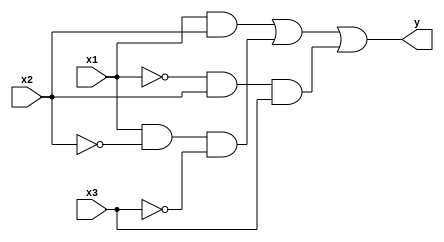
/*************************
 * Derek Prince          *
 * Problem Set #5        *
 * Problem 4             *
 * Circuit 1 description *
*************************/

module circuit_01(y, x1, x2, x3);
// outputs
output y;
input x1, x2, x3;

// circuit behaviour
assign a = (x1&x2);
assign b = (x1&~x2&~x3);
assign c = (~x1&x2&x3);
// output
assign y = (a|b|c);

endmodule